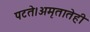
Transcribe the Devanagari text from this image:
पटते।अमृतातेही